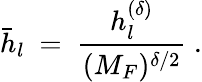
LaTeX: \bar{h}_{l}\ =\ \frac{h_{l}^{(\delta)}}{(M_{F})^{\delta/2}}\ .